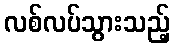
လစ်လပ်သွားသည့်